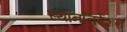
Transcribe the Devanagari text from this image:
स्थाननिर्देशन